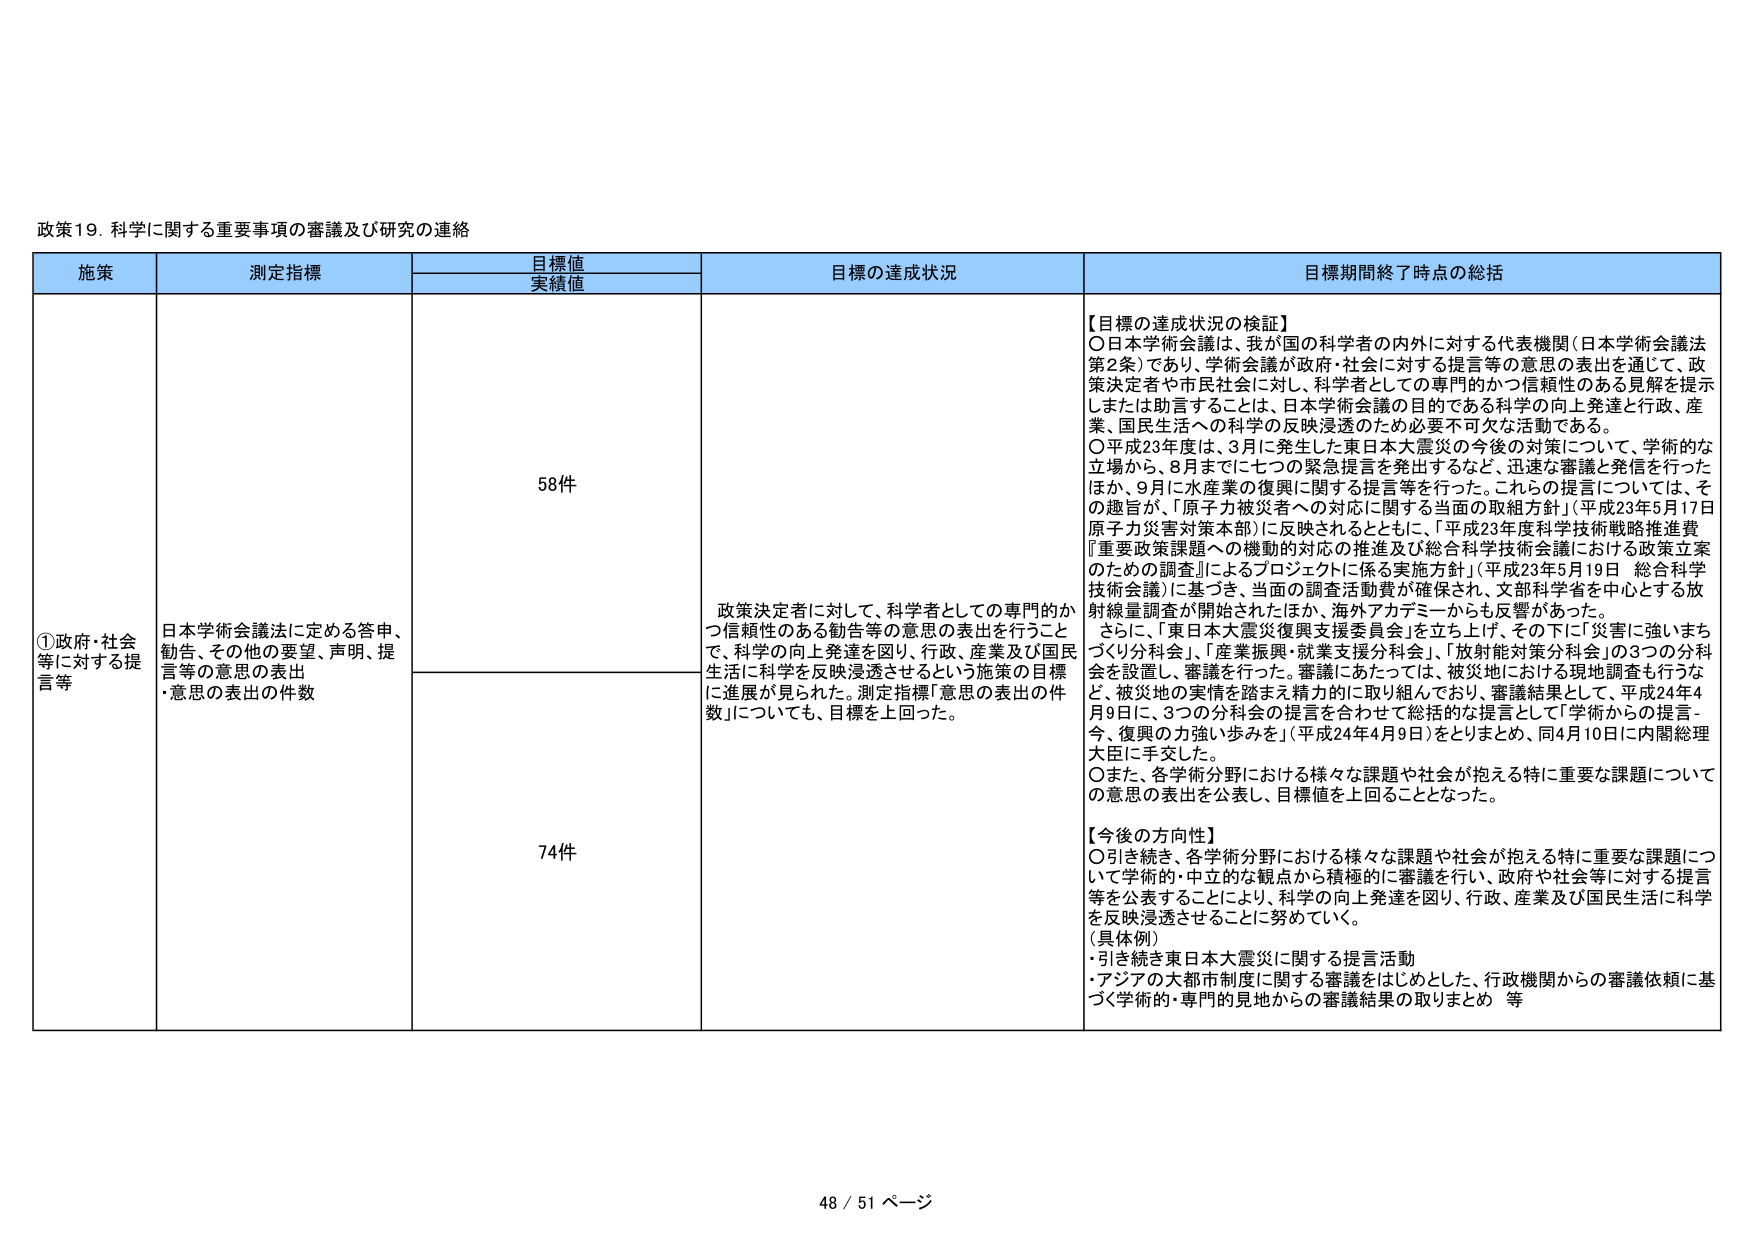
政策19. 科学に関する重要事項の審議及び研究の連絡

施策	測定指標	目標値	目標の達成状況	目標期間終了時点の総括
		実績値

①政府・社会等に対する提言等	日本学術会議法に定める答申、勧告、その他の要望、声明、提言等の意思の表出
・意思の表出の件数	58件	政策決定者に対して、科学者としての専門的かつ信頼性のある勧告等の意思の表出を行うことで、科学の向上発達を図り、行政、産業及び国民生活に科学を反映浸透させるという施策の目標に進展が見られた。測定指標「意思の表出の件数」についても、目標を上回った。	【目標の達成状況の検証】
〇日本学術会議は、我が国の科学者の内外に対する代表機関（日本学術会議法第2条）であり、学術会議が政府・社会に対する提言等の意思の表出を通じて、政策決定者や市民社会に対し、科学者としての専門的かつ信頼性のある見解を提示しまたは助言することは、日本学術会議の目的である科学の向上発達と行政、産業、国民生活への科学の反映浸透のため必要不可欠な活動である。
〇平成23年度は、3月に発生した東日本大震災の今後の対策について、学術的な立場から、8月までに七つの緊急提言を発出するなど、迅速な審議と発信を行ったほか、9月に「水産業の復興に関する提言等を行った。これらの提言については、その趣旨が、「原子力被災者への対応に関する当面の取組方針」（平成23年5月17日 原子力災害対策本部）に反映されるとともに、「平成23年度科学技術戦略推進費『重要政策課題への機動的対応の推進及び総合科学技術会議における政策立案のための調査』によるプロジェクトに係る実施方針」（平成23年5月19日 総合科学技術会議）に基づき、当面の調査活動費が確保され、文部科学省を中心とする放射線量調査が開始されほか、海外アカデミーからも反響があった。
さらに、「東日本大震災復興支援委員会」を立ち上げ、その下に「災害に強いまちづくり分科会」、「産業振興・就業支援分科会」、「放射能対策分科会」の3つの分科会を設置し、審議を行った。審議にあたっては、被災地における現地調査も行うなど、被災地の実情を踏まえ精力的に取り組んでおり、審議結果として、平成24年4月9日に、3つの分科会の提言を合わせて総括的な提言として「学術からの提言 - 今、復興の力強い歩みを」（平成24年4月9日）をとりまとめ、同4月10日に内閣総理大臣に手交した。
〇また、各学術分野における様々な課題や社会が抱える特に重要な課題についての意思の表出を公表し、目標値を上回ることとなった。

【今後の方向性】
〇引き続き、各学術分野における様々な課題や社会が抱える特に重要な課題について、学術的・中立的な観点から積極的に審議を行い、政府や社会等に対する提言等を公表することにより、科学の向上発達を図り、行政、産業及び国民生活に科学を反映浸透させることに努めていく。
（具体例）
・引き続き東日本大震災に関する提言活動
・アジアの大都市制度に関する審議をはじめとした、行政機関からの審議依頼に基づく学術的・専門的見地からの審議結果の取りまとめ 等

74件

48 / 51 ページ